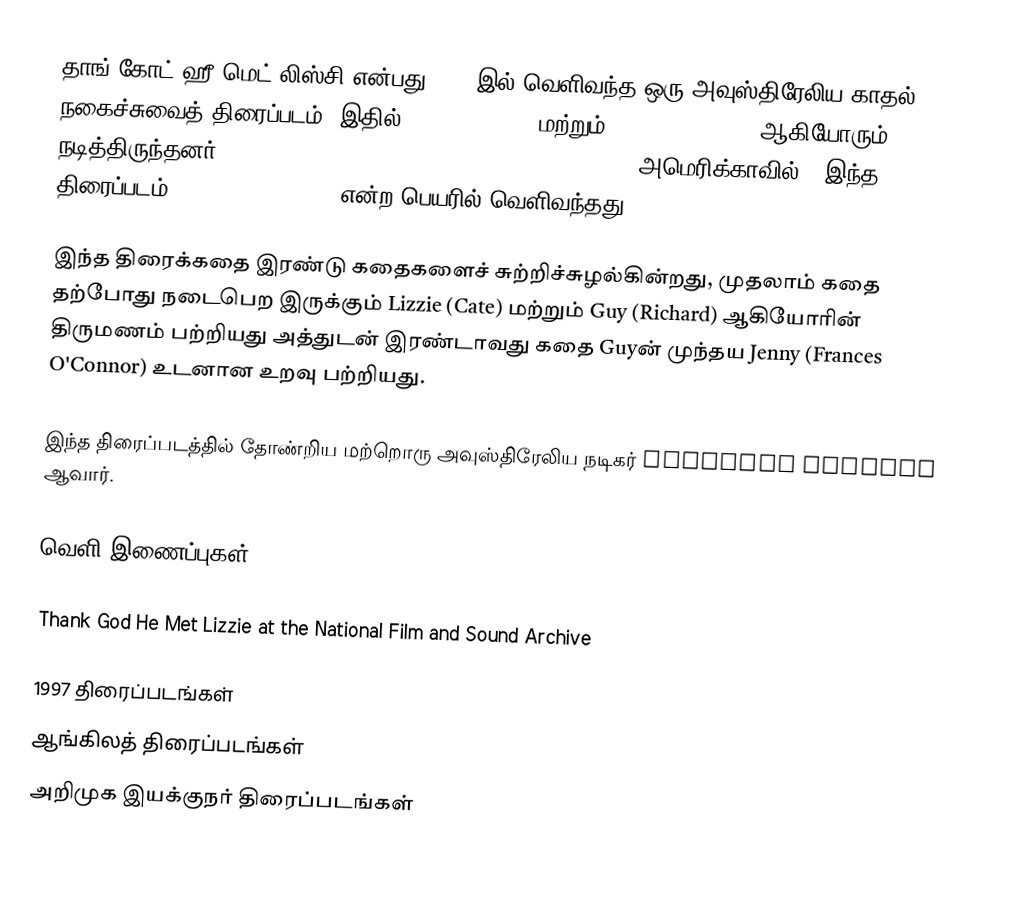
தாங் கோட் ஹீ மெட் லிஸ்சி   என்பது 1997 இல் வெளிவந்த ஒரு அவுஸ்திரேலிய காதல் நகைச்சுவைத் திரைப்படம். இதில் Cate Blanchett மற்றும் Richard Roxburgh ஆகியோரும் நடித்திருந்தனர். It was the directorial debut of Cherie Nowlan. அமெரிக்காவில் , இந்த திரைப்படம் The Wedding Party.  என்ற பெயரில் வெளிவந்தது.

இந்த திரைக்கதை இரண்டு கதைகளைச் சுற்றிச்சுழல்கின்றது, முதலாம் கதை தற்போது நடைபெற இருக்கும் Lizzie (Cate) மற்றும் Guy (Richard) ஆகியோரின் திருமணம் பற்றியது அத்துடன் இரண்டாவது கதை Guyன் முந்தய  Jenny (Frances O'Connor) உடனான உறவு பற்றியது.

இந்த திரைப்படத்தில் தோண்றிய மற்றொரு அவுஸ்திரேலிய நடிகர் Jonathan Biggins ஆவார்.

வெளி இணைப்புகள்

Thank God He Met Lizzie at the National Film and Sound Archive

1997 திரைப்படங்கள்
ஆங்கிலத் திரைப்படங்கள்
அறிமுக இயக்குநர் திரைப்படங்கள்